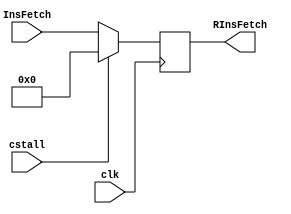
module noper(input clk,input cstall,input [31:0]InsFetch,output reg[31:0]RInsFetch);
always@(posedge clk)
begin
 if(cstall)
  begin
   RInsFetch<=32'b0;
  end
 else
  begin
   RInsFetch<=InsFetch;
  end
end
endmodule